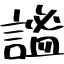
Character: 謐